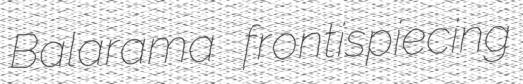
Balarama frontispiecing